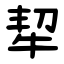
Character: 㸷